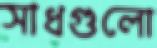
সাধগুলো